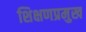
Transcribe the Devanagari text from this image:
शिक्षणप्रमुख